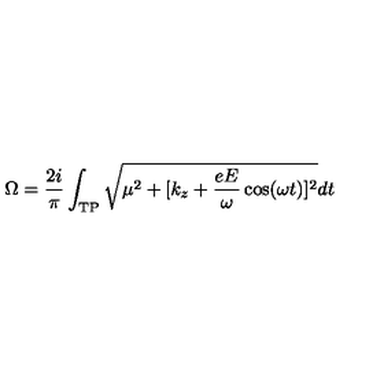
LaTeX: \Omega = \frac { 2 i } { \pi } \int _ { \mathrm { T P } } \sqrt { \mu ^ { 2 } + [ k _ { z } + \frac { e E } { \omega } \cos ( \omega t ) ] ^ { 2 } } d t